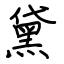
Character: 黛